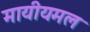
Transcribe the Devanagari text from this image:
मायीयमल